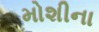
મોશીના